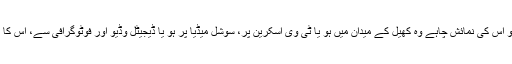
جب بھی ایونٹ پریمیئر ہوگا تو اس کی نمائش چاہے وہ کھیل کے میدان میں ہو یا ٹی وی اسکرین پر، سوشل میڈیا پر ہو یا ڈیجیٹل وڈیو اور فوٹوگرافی سے، اس کا معیار بھی پریمیئم ہونا چاہیے۔